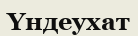
Үндеухат